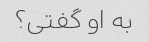
به او گفتی؟